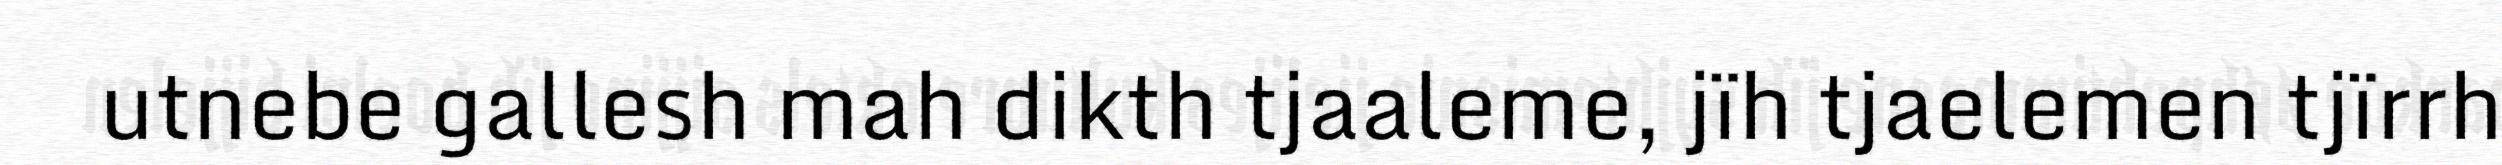
utnebe gallesh mah dikth tjaaleme, jïh tjaelemen tjïrrh